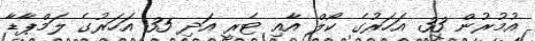
އުމުރުން 33 އަހަރުގެ ކޯލް އާއި ޓެރީ އަދި 35 އަހަރުގެ ލަމްޕާޑާ